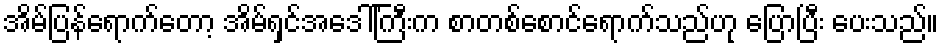
အိမ်ပြန်ရောက်တော့ အိမ်ရှင်အဒေါ်ကြီးက စာတစ်စောင်ရောက်သည်ဟု ပြောပြီး ပေးသည်။